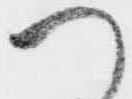
つ